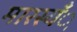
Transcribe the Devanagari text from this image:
मारस्यँू